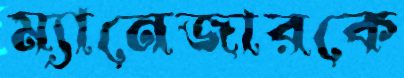
ম্যানেজারকে